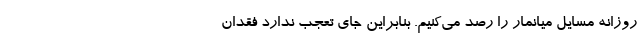
روزانه مسایل میانمار را رصد می‌کنیم. بنابراین جای تعجب ندارد فقدان